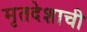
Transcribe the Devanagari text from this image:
मृतदेशाची